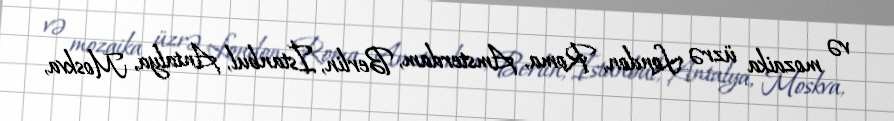
və mozaika üzrə London, Roma, Amsterdam, Berlin, İstanbul, Antalya, Moskva,